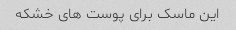
این ماسک برای پوست های خشکه